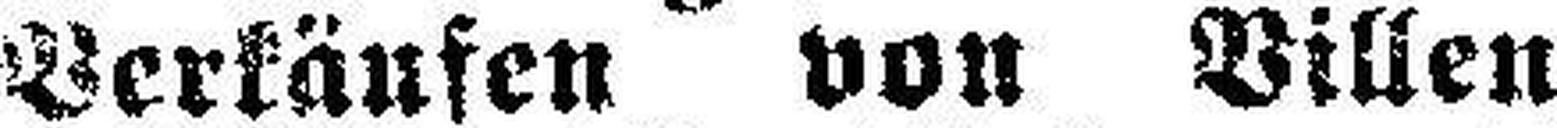
Verkäufen von Villen